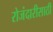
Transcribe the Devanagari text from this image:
रोजंदारीसाठी